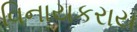
વિનાયકરાય